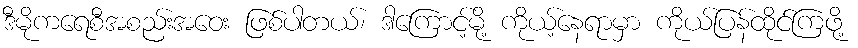
ဒီမိုကရေစီအစည်းအဝေး ဖြစ်ပါတယ်၊ ဒါကြောင့်မို့ ကိုယ့်နေရာမှာ ကိုယ်ပြန်ထိုင်ကြဖို့